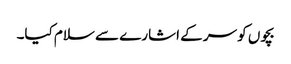
بچوں کو سر کے اشارے سے سلام کیا۔